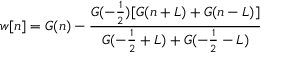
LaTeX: w [ n ] = G ( n ) - { \frac { G ( - { \frac { 1 } { 2 } } ) [ G ( n + L ) + G ( n - L ) ] } { G ( - { \frac { 1 } { 2 } } + L ) + G ( - { \frac { 1 } { 2 } } - L ) } }